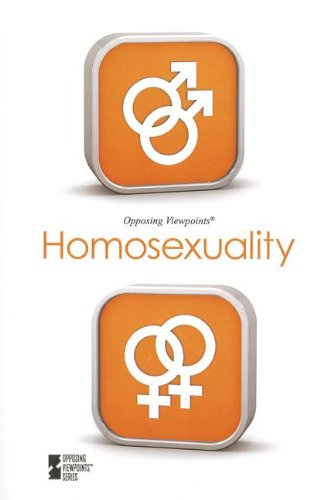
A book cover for Homosexuality (Opposing Viewpoints); David M. Haugen; Teen & Young Adult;